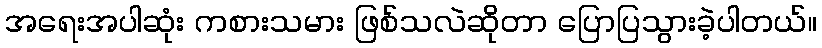
အရေးအပါဆုံး ကစားသမား ဖြစ်သလဲဆိုတာ ပြောပြသွားခဲ့ပါတယ်။